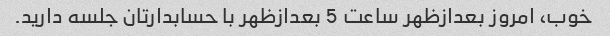
خوب، امروز بعدازظهر ساعت 5 بعدازظهر با حسابدارتان جلسه دارید.